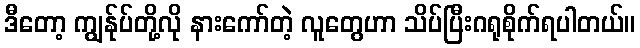
ဒီတော့ ကျွန်ုပ်တို့လို နားကော်တဲ့ လူတွေဟာ သိပ်ပြီးဂရုစိုက်ရပါတယ်။